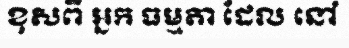
ខុសពី អ្នក ធម្មតា ដែល នៅ